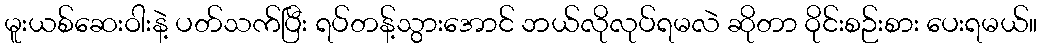
မူးယစ်ဆေးဝါးနဲ့ ပတ်သက်ပြီး ရပ်တန့်သွားအောင် ဘယ်လိုလုပ်ရမလဲ ဆိုတာ ဝိုင်းစဉ်းစား ပေးရမယ်။